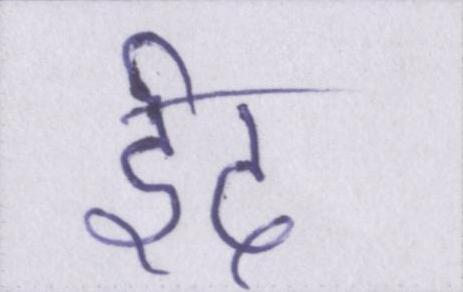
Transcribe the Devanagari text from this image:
ईद